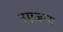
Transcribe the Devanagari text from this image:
नएजन्म